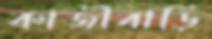
কাজীবাড়ি